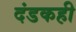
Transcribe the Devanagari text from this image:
दंडकही